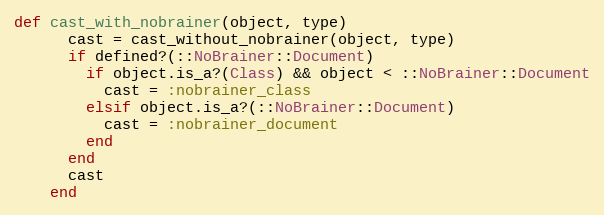
Language: Ruby
def cast_with_nobrainer(object, type)
      cast = cast_without_nobrainer(object, type)
      if defined?(::NoBrainer::Document)
        if object.is_a?(Class) && object < ::NoBrainer::Document
          cast = :nobrainer_class
        elsif object.is_a?(::NoBrainer::Document)
          cast = :nobrainer_document
        end
      end
      cast
    end